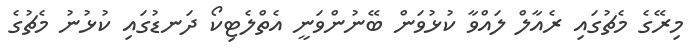
މިރޭގެ މެޗުގައި ރެއާލް ލައްވާ ކުޅުވަން ބޭނުންވަނީ އެތްލެޓިކޯ ދަނޑުގައި ކުޅުނު މެޗުގެ